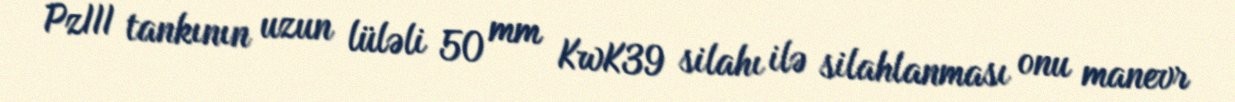
PzIII tankının uzun lüləli 50 mm KwK39 silahı ilə silahlanması onu manevr